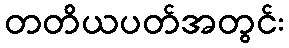
တတိယပတ်အတွင်း